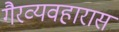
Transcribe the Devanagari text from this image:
गैरव्यवहारास